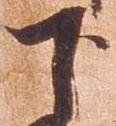
下